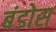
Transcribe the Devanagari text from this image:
बंडोस